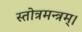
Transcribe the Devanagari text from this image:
स्तोत्रमन्त्रम्।